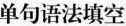
单句语法填空